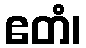
ဧတံ၊